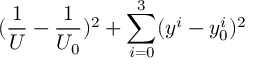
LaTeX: ( \frac { 1 } { U } - \frac { 1 } { U _ { 0 } } ) ^ { 2 } + \sum _ { i = 0 } ^ { 3 } ( y ^ { i } - y _ { 0 } ^ { i } ) ^ { 2 }